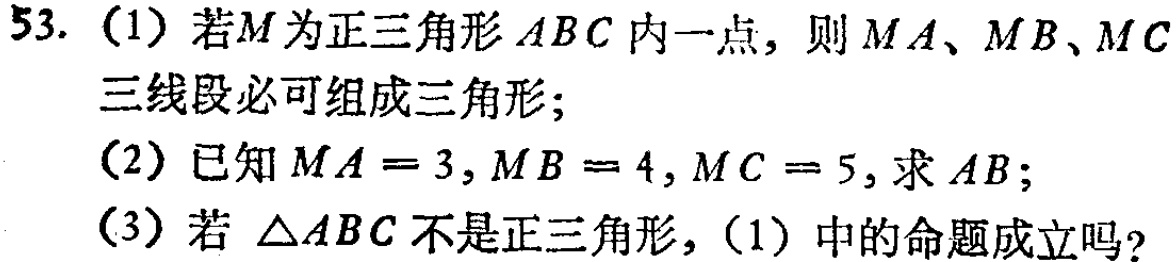
53. (1) 若\(M\)为正三角形\(ABC\)内一点，则\(MA\)、\(MB\)、\(MC\)三线段必可组成三角形；

(2) 已知\(MA = 3\)，\(MB = 4\)，\(MC = 5\)，求\(AB\)；

(3) 若\(\triangle ABC\)不是正三角形，(1) 中的命题成立吗？